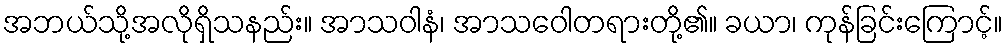
အဘယ်သို့အလိုရှိသနည်း။ အာသဝါနံ၊ အာသဝေါတရားတို့၏။ ခယာ၊ ကုန်ခြင်းကြောင့်။